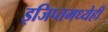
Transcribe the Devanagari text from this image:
इजिप्तमध्येही